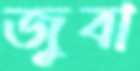
জুবা